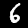
Label: 6